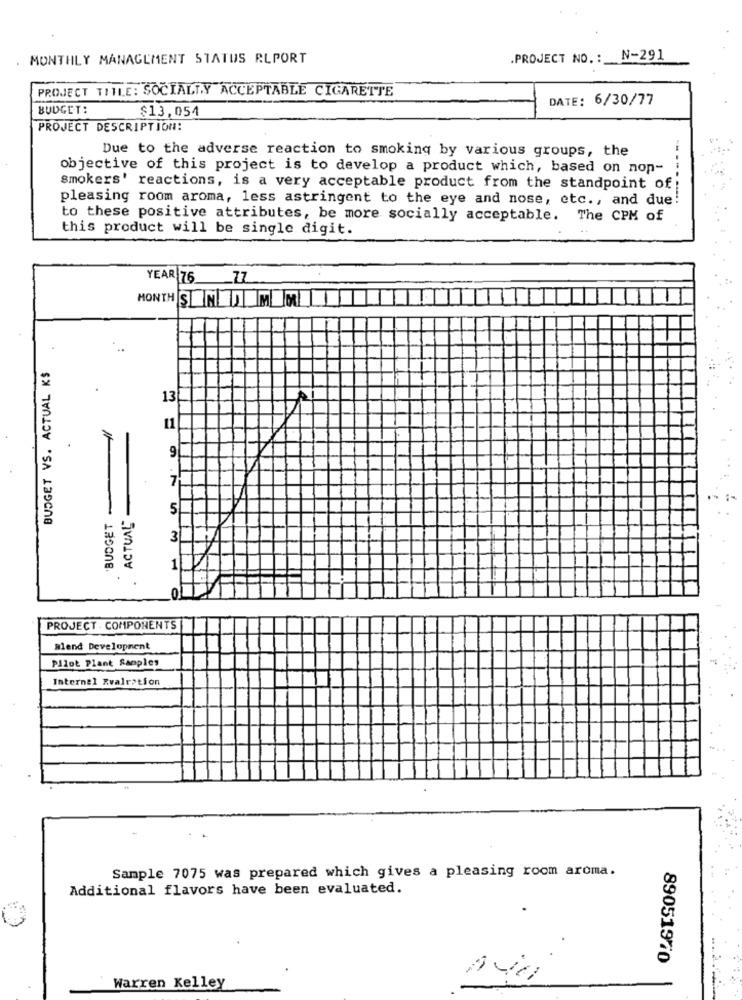
MONTHLY MANAGEMENT STATUS REPORT
.PROJECT NO .: N-291
PROJECT TITLE: SOCIALLY ACCEPTABLE CIGARETTE
DATE: 6/30/77
BUDGET:
$13,054
PROJECT DESCRIPTION:
Due to the adverse reaction to smoking by various groups, the
objective of this project is to develop a product which, based on non-
smokers' reactions, is a very acceptable product from the standpoint of
pleasing room aroma, less astringent to the eye and nose, etc ., and due
to these positive attributes, be more socially acceptable. The CPM of
this product will be single digit.
YEAR 76 __ ZZ
MONTH S NAMEM
BUDGET VS. ACTUAL K$
13
11
9
7
ACTUAL
5
3
PROJECT . COMPONENTS
Blend Development
Pilot Plant Samples
Internal Xvalration
Sample 7075 was prepared which gives a pleasing room aroma.
Additional flavors have been evaluated.
.
89051970
Warren Kelley